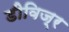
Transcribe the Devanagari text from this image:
डीविज्र